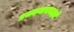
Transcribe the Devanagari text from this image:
प्रथममाचचक्षते